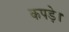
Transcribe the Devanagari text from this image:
कपड़े।